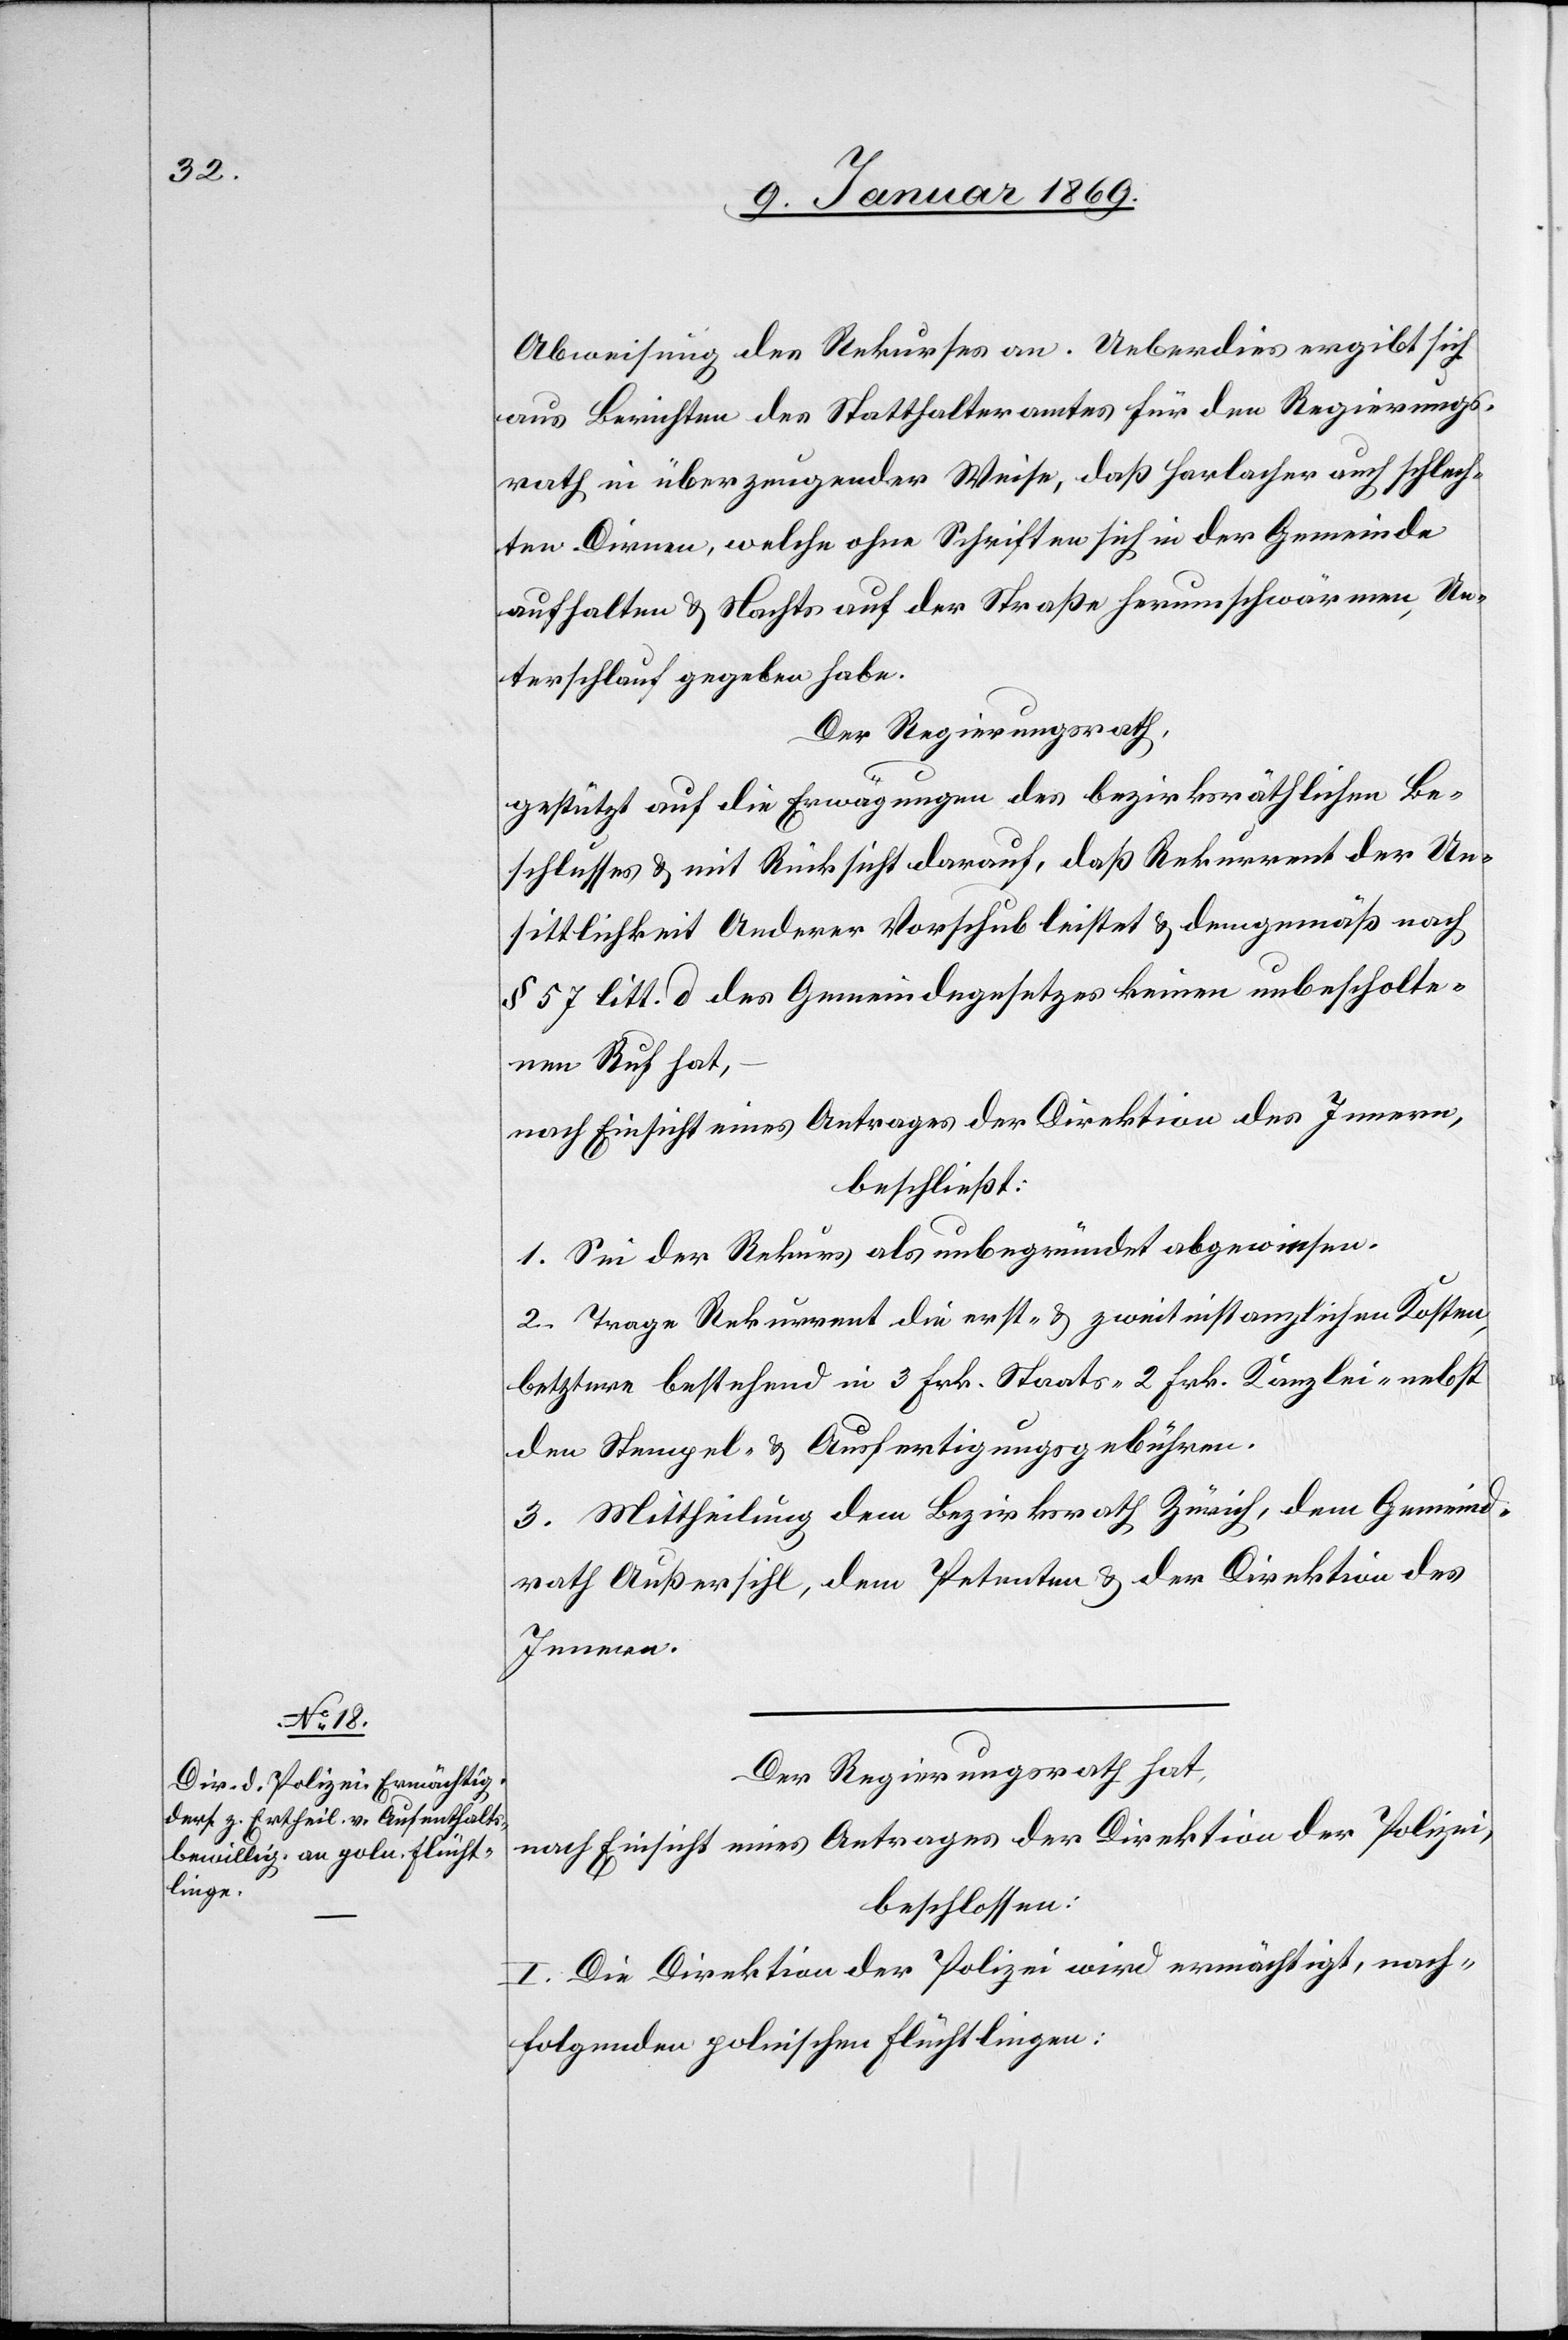
Abweisung des Rekurses an. Ueberdies ergibt sich
aus Berichten des Statthalteramtes für den Regierungs¬
rath in überzeugender Weise, daß Harlacher auch schlech¬
ten Dirnen, welche ohne Schriften sich in der Gemeinde
aufhalten & Nachts auf der Straße herumschwärmen, Un¬
terschlupf gegeben habe.
Der Regierungsrath,
gestützt auf die Erwägungen des bezirksräthlichen Be¬
schlusses & mit Rücksicht darauf, daß Rekurrent der Un¬
sittlichkeit Anderer Vorschub leistet & demgemäß nach
§ 57 litt. d des Gemeindegesetzes keinen unbescholte¬
nen Ruf hat,
nach Einsicht eines Antrages der Direktion des Innern,
beschließt:
1. Sei der Rekurs als unbegründet abgewiesen.
2. Trage Rekurrent die erst- & zweitinstanzlichen Kosten,
letztere bestehend in 3 Frk. Staats [,] 2 Frk. Kanzlei- nebst
den Stempel- & Ausfertigungsgebühren.
3. Mittheilung dem Bezirksrath Zürich, dem Gemeind¬
rath Außersihl, dem Petenten & der Direktion des
Innern.
Der Regierungsrath hat,
nach Einsicht eines Antrages der Direktion der Polizei,
beschlossen:
I. Die Direktion der Polizei wird ermächtigt, nach¬
folgenden polnischen Flüchtlingen: